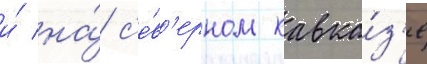
и́ на́ с'е́в'ерном кавка́з'е